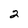
Character: 2